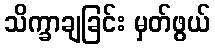
သိက္ခာချခြင်း မှတ်ဖွယ်